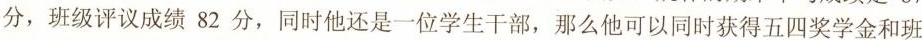
分，班级评议成绩82分，同时他还是一位学生干部，那么他可以同时获得五四奖学金和班